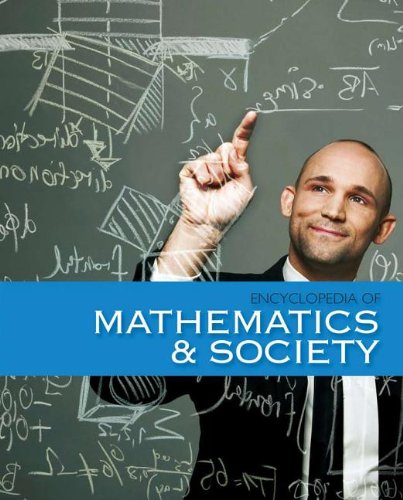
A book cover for The Encyclopedia of Mathematics and Society; Science & Math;